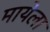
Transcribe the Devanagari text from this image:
मायेला